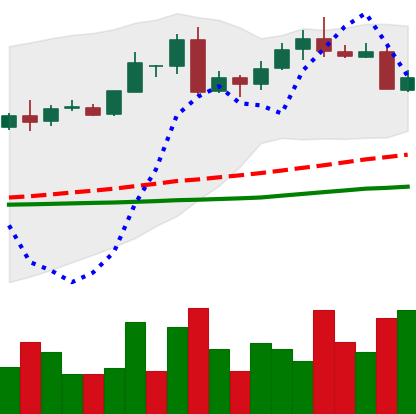
Ticker: LTC-USD
Chart end date: 2016-05-20
Forward return: 4.242%
Label: up_3_5